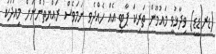
(ޑރ.ޑީޑީ) ވިދާޅުވީ މައުމޫން ތަރިކަ ޕާޓީ އެއް ހެއްދެވި ނަމަވެސް ރައްޔިތުންނަށް މިއަދަކު